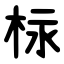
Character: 柡